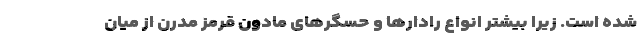
شده است. زیرا بیشتر انواع رادارها و حسگرهای مادون قرمز مدرن از میان